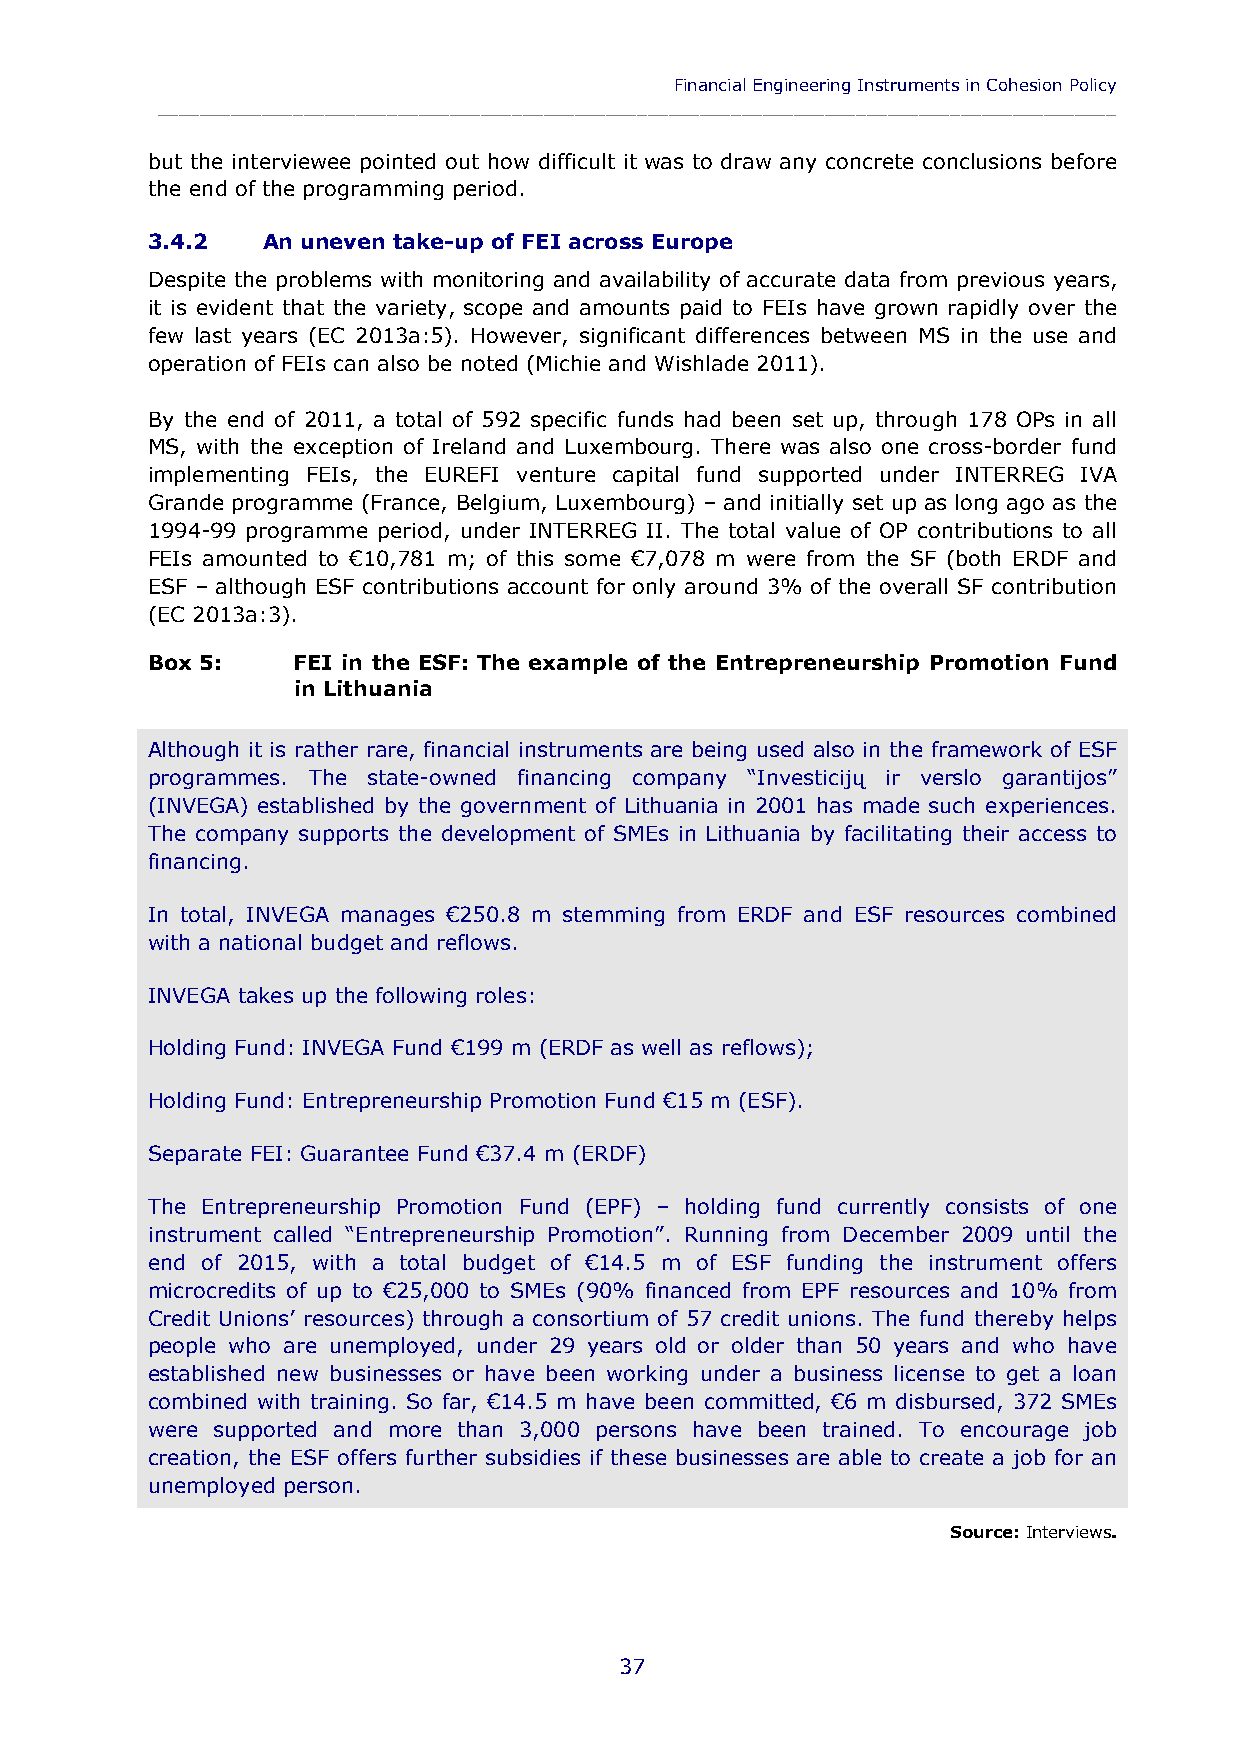
Financial Engineering Instruments in Cohesion Policy
 ____________________________________________________________________________________________
 but the interviewee pointed out how difficult it was to draw any concrete conclusions before
 the end of the programming period.
 3.4.2  An uneven take-up of FEI across Europe
 Despite the problems with monitoring and availability of accurate data from previous years,
 it is evident that the variety, scope and amounts paid to FEIs have grown rapidly over the
 few last years (EC 2013a:5). However, significant differences between MS in the use and
 operation of FEIs can also be noted (Michie and Wishlade 2011).
 By the end of 2011, a total of 592 specific funds had been set up, through 178 OPs in all
 MS, with the exception of Ireland and Luxembourg. There was also one cross-border fund
 implementing FEIs, the EUREFI venture capital fund supported under INTERREG IVA
 Grande programme (France, Belgium, Luxembourg) – and initially set up as long ago as the
 1994-99 programme period, under INTERREG II. The total value of OP contributions to all
 FEIs amounted to €10,781 m; of this some €7,078 m were from the SF (both ERDF and
 ESF – although ESF contributions account for only around 3% of the overall SF contribution
 (EC 2013a:3).
 Box 5:   FEI in the ESF: The example of the Entrepreneurship Promotion Fund
 in Lithuania
 Although it is rather rare, financial instruments are being used also in the framework of ESF
 programmes. The state-owned financing company “Investicijų ir verslo garantijos”
 (INVEGA) established by the government of Lithuania in 2001 has made such experiences.
 The company supports the development of SMEs in Lithuania by facilitating their access to
 financing.
 In total, INVEGA manages €250.8 m stemming from ERDF and ESF resources combined
 with a national budget and reflows.
 INVEGA takes up the following roles:
 Holding Fund: INVEGA Fund €199 m (ERDF as well as reflows);
 Holding Fund: Entrepreneurship Promotion Fund €15 m (ESF).
 Separate FEI: Guarantee Fund €37.4 m (ERDF)
 The Entrepreneurship Promotion Fund (EPF) – holding fund currently consists of one
 instrument called “Entrepreneurship Promotion”. Running from December 2009 until the
 end of 2015, with a total budget of €14.5 m of ESF funding the instrument offers
 microcredits of up to €25,000 to SMEs (90% financed from EPF resources and 10% from
 Credit Unions’ resources) through a consortium of 57 credit unions. The fund thereby helps
 people who are unemployed, under 29 years old or older than 50 years and who have
 established new businesses or have been working under a business license to get a loan
 combined with training. So far, €14.5 m have been committed, €6 m disbursed, 372 SMEs
 were supported and more than 3,000 persons have been trained. To encourage job
 creation, the ESF offers further subsidies if these businesses are able to create a job for an
 unemployed person.
 Source: Interviews.
 37